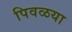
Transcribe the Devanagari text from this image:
पिवळया